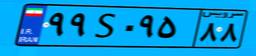
۹۹S۰۹۵۸۸